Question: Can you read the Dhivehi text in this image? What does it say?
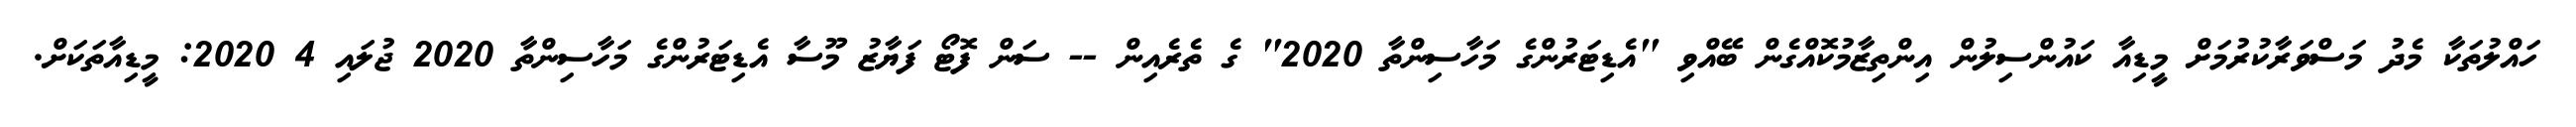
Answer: ހައްލުތަކާ މެދު މަސްވަރާކުރުމަށް މީޑިއާ ކައުންސިލުން އިންތިޒާމުކޮއްގެން ބޭއްވި "އެޑިޓަރުންގެ މަހާސިންތާ 2020" ގެ ތެރެއިން -- ސަން ފޮޓޯ ފަޔާޒު މޫސާ އެޑިޓަރުންގެ މަހާސިންތާ 2020 ޖުލައި 4 2020: މީޑިއާތަކަށް.